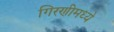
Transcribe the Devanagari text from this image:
गिरणीमध्ये